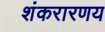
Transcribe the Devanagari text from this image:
शंकरारणय